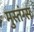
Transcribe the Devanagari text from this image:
मुस्तंग्स